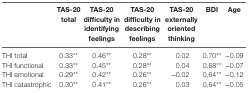
|  | TAS-20 total | TAS-20 difficulty in identifying feelings | TAS-20 difficulty in describing feelings | TAS-20 externally oriented thinking | BDI | Age |
 | --- | --- | --- | --- | --- | --- | --- |
 | THI total | 0.33** | 0.46** | 0.28** | 0.02 | 0.70** | −0.09 |
 | THI functional | 0.33** | 0.45** | 0.28** | 0.04 | 0.68** | −0.07 |
 | THI emotional | 0.29** | 0.42** | 0.26** | −0.02 | 0.64** | −0.12 |
 | THI catastrophic | 0.30** | 0.41** | 0.26** | 0.03 | 0.64** | −0.05 |